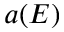
a ( E )